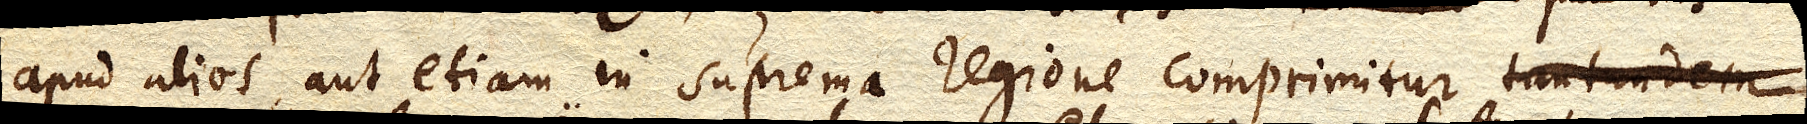
apud alios, aut etiam in suprema regione comprimitur.